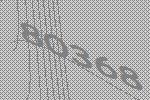
80368